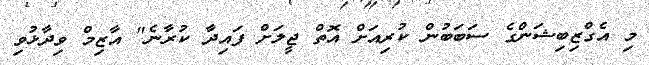
މި އެގްޒިބިޝަންގެ ސަބަބުން ކުރިއަށް އޮތް ޖީލަށް ފައިދާ ކުރާނެ" އާޒިމް ވިދާޅުވި